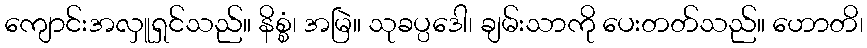
ကျောင်းအလှူရှင်သည်။ နိစ္စံ၊ အမြဲ။ သုခပ္ပဒေါ၊ ချမ်းသာကို ပေးတတ်သည်။ ဟောတိ၊